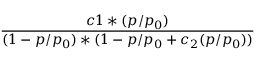
\frac { c 1 * ( p / p _ { 0 } ) } { ( 1 - p / p _ { 0 } ) * ( 1 - p / p _ { 0 } + c _ { 2 } ( p / p _ { 0 } ) ) }